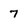
Character: 7